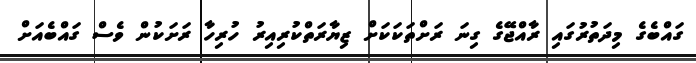
ގައްބެގެ މިދަތުރުގައި ރާއްޖޭގެ ގިނަ ރަށްތަކަކަށް ޒިޔާރަތްކުރިއިރު ހުރިހާ ރަށަކުން ވެސް ގައްބެއަށް